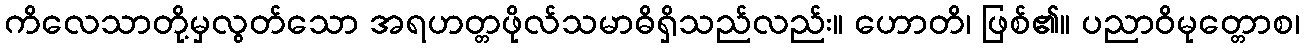
ကိလေသာတို့မှလွတ်သော အရဟတ္တဖိုလ်သမာဓိရှိသည်လည်း။ ဟောတိ၊ ဖြစ်၏။ ပညာဝိမုတ္တောစ၊